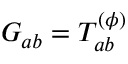
G _ { a b } = T _ { a b } ^ { ( \phi ) }